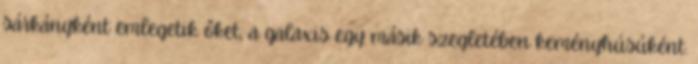
sárkányként emlegetik őket, a galaxis egy másik szegletében keményhúsúként.